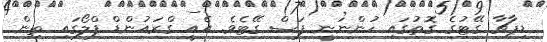
ޑިޕާޗާ ގޭޓުގެ ގޮތުގައި ހުންނަނީ ފަސް ގޭޓެވެ. އެއީ ގްރައުންޑް ފްލޯގައި ތިން